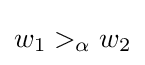
w_{1}>_{\alpha }w_{2}